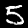
Digit: 5